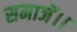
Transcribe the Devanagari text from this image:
समाजें।।